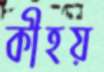
কীহয়